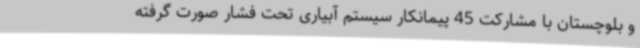
و بلوچستان با مشارکت 45 پیمانکار سیستم آبیاری تحت فشار صورت گرفته